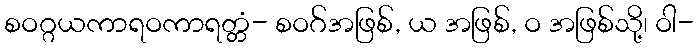
စဝဂ္ဂယကာရဝကာရတ္တံ- စဝဂ်အဖြစ်, ယ အဖြစ်, ဝ အဖြစ်သို့၊ ဝါ-